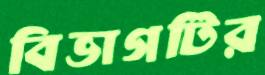
বিভাগটির